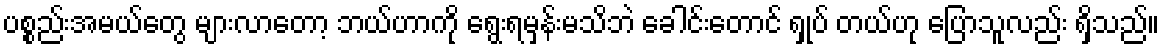
ပစ္စည်းအမယ်တွေ များလာတော့ ဘယ်ဟာကို ရွေးရမှန်းမသိဘဲ ခေါင်းတောင် ရှုပ် တယ်ဟု ပြောသူလည်း ရှိသည်။